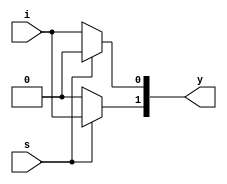
// Verilog 1 to 2 Demultiplexer program

module demux1_2(i, s, y);
    input i, s;
    output reg [1:0] y;

    always @ (*)
    begin
        if (s == 1'b0)
            begin
                y[0] = i;
                y[1] = 1'b0;
            end
        else
            begin
                y[0] = 1'b0;
                y[1] = i;
            end
    end
endmodule